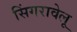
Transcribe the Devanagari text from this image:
सिंगरावेलू